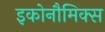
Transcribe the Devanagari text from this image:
इकोनौमिक्स